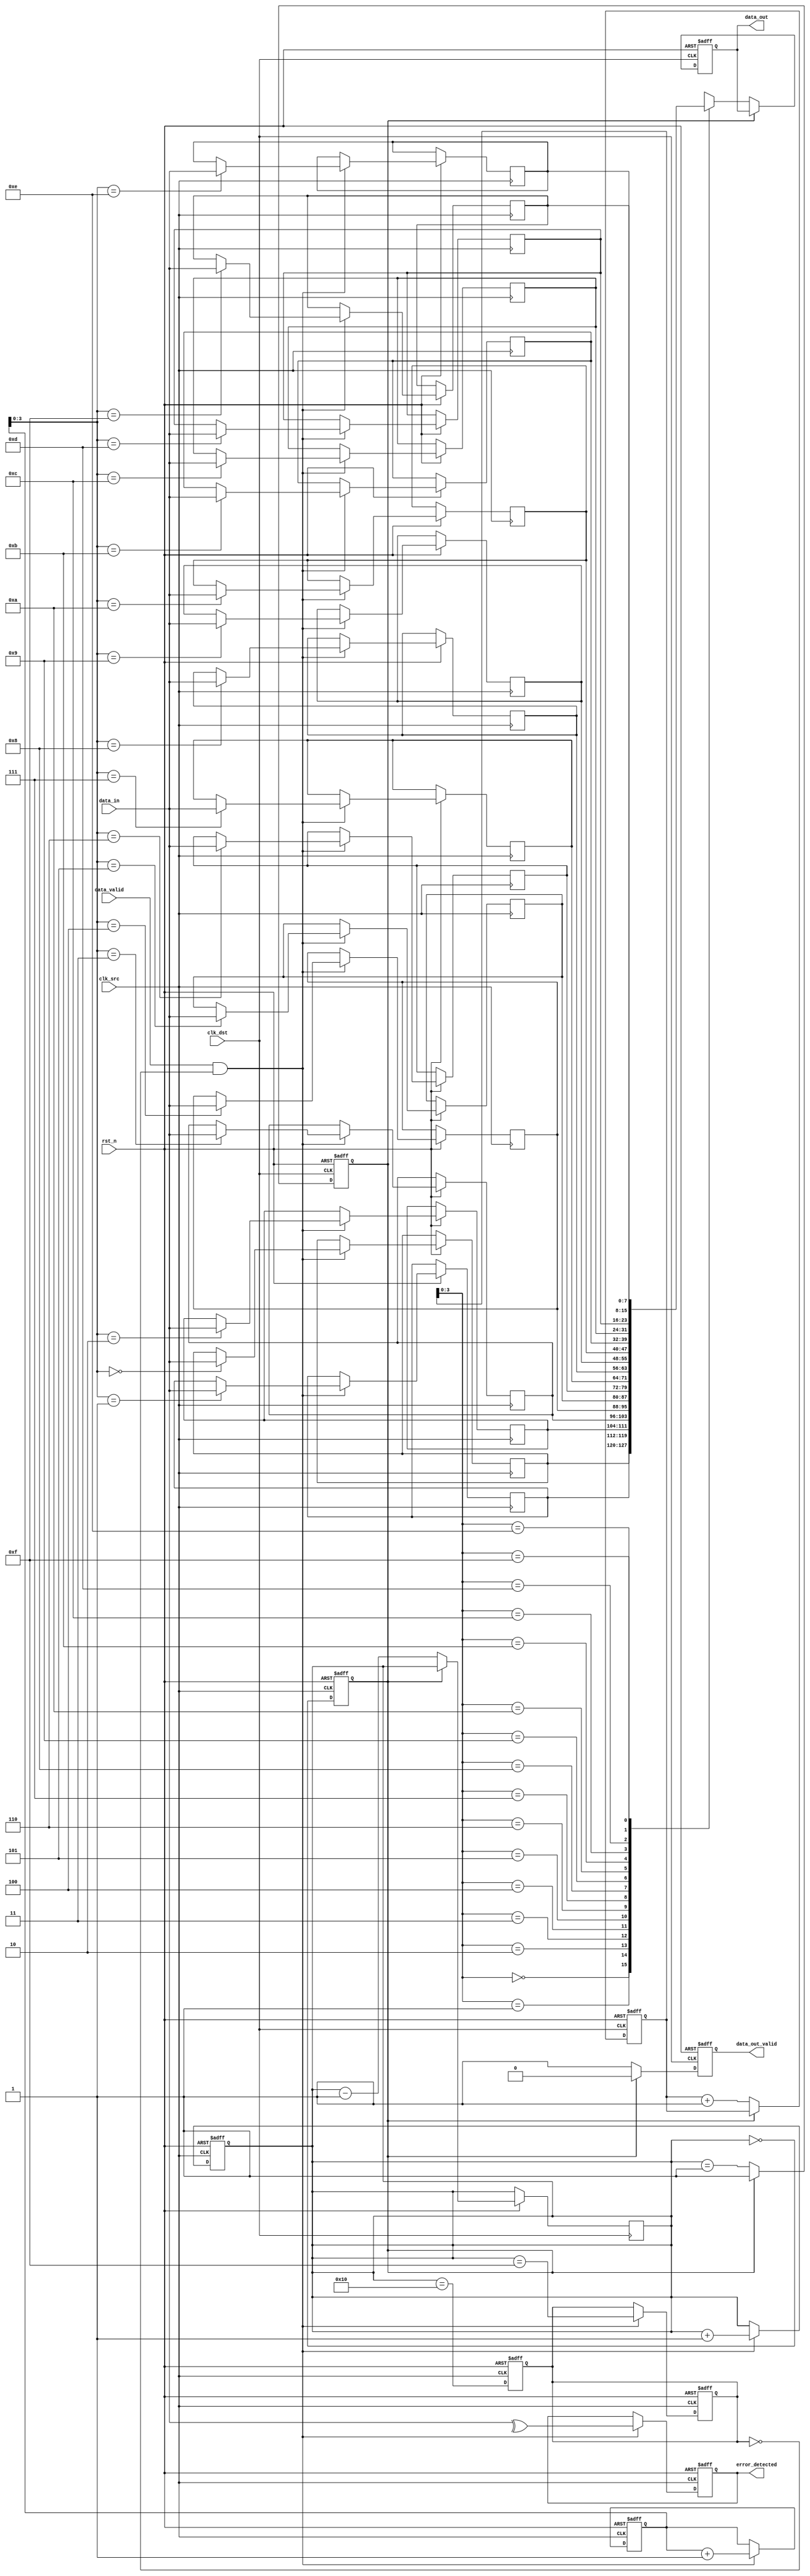
module burst_mode_synchronizer #(
    parameter DATA_WIDTH = 8,
    parameter FIFO_DEPTH = 16
)(
    input wire clk_src,               // Source clock (faster)
    input wire clk_dst,               // Destination clock (slower)
    input wire rst_n,                 // Asynchronous reset (active low)
    input wire [DATA_WIDTH-1:0] data_in, // Data input from source clock domain
    input wire data_valid,            // Data valid signal from source
    output reg [DATA_WIDTH-1:0] data_out, // Synchronized data output
    output reg data_out_valid,        // Data valid signal for destination
    output reg error_detected         // Error detection signal
);

    // FIFO buffer
    reg [DATA_WIDTH-1:0] fifo [0:FIFO_DEPTH-1];
    reg [4:0] write_ptr;              // Write pointer
    reg [4:0] read_ptr;               // Read pointer
    reg [4:0] fifo_count;             // Number of items in FIFO

    // Handshaking signals
    reg fifo_full;
    reg fifo_empty;

    // Error detection (simple parity check)
    wire parity_bit;
    assign parity_bit = ^data_in; // Simple parity bit for error detection

    // Write logic in source clock domain
    always @(posedge clk_src or negedge rst_n) begin
        if (!rst_n) begin
            write_ptr <= 0;
            fifo_count <= 0;
            fifo_full <= 0;
            error_detected <= 0;
        end else if (data_valid && !fifo_full) begin
            fifo[write_ptr] <= data_in;
            write_ptr <= write_ptr + 1;
            fifo_count <= fifo_count + 1;
            error_detected <= (parity_bit != 1'b0); // Check for parity error
            fifo_full <= (fifo_count == FIFO_DEPTH - 1);
        end
    end

    // Read logic in destination clock domain
    always @(posedge clk_dst or negedge rst_n) begin
        if (!rst_n) begin
            read_ptr <= 0;
            data_out_valid <= 0;
            data_out <= 0;
            fifo_empty <= 1;
        end else if (!fifo_empty) begin
            data_out <= fifo[read_ptr];
            data_out_valid <= 1;
            read_ptr <= read_ptr + 1;
            fifo_count <= fifo_count - 1;
            fifo_empty <= (fifo_count == 1);
        end else begin
            data_out_valid <= 0;
        end
    end

    // FIFO status management
    always @(posedge clk_src or negedge rst_n) begin
        if (!rst_n) begin
            fifo_empty <= 1;
        end else begin
            fifo_empty <= (fifo_count == 0);
        end
    end

    // Update FIFO full status
    always @(posedge clk_src or negedge rst_n) begin
        if (!rst_n) begin
            fifo_full <= 0;
        end else begin
            fifo_full <= (fifo_count == FIFO_DEPTH);
        end
    end

endmodule